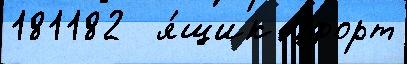
181182  я́щик Офорт